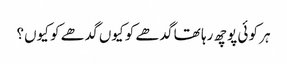
ہر کو ئی پوچھ رہا تھا گدھے کو کیوں گدھے کو کیوں؟